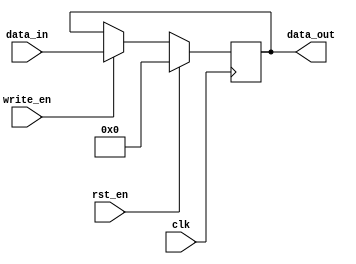
module regrrst(clk,write_en,data_in,rst_en,data_out);
	input clk, write_en,rst_en;
	input [15:0] data_in;
	output reg [15:0] data_out;
	always @(negedge clk)
		begin 
			if (write_en==1)
				data_out <= data_in;
			if (rst_en==1)
				data_out <= 16'd0;
		end
endmodule